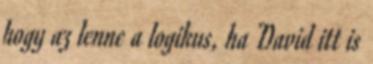
hogy az lenne a logikus, ha David itt is